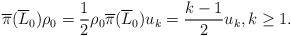
LaTeX: \begin{gather*}\overline{\pi}(\overline{L}_0)\rho_0=\frac12 \rho_0\overline{\pi}(\overline{L}_0) u_k=\frac{k-1}{2} u_k,k\ge1.\end{gather*}